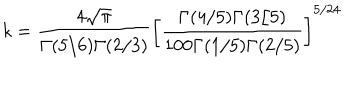
k = \frac { 4 \sqrt { \pi } } { \Gamma ( 5 / 6 ) \Gamma ( 2 / 3 ) } \left[ \frac { \Gamma ( 4 / 5 ) \Gamma ( 3 / 5 ) } { 1 0 0 \Gamma ( 1 / 5 ) \Gamma ( 2 / 5 ) } \right] ^ { 5 / 2 4 }